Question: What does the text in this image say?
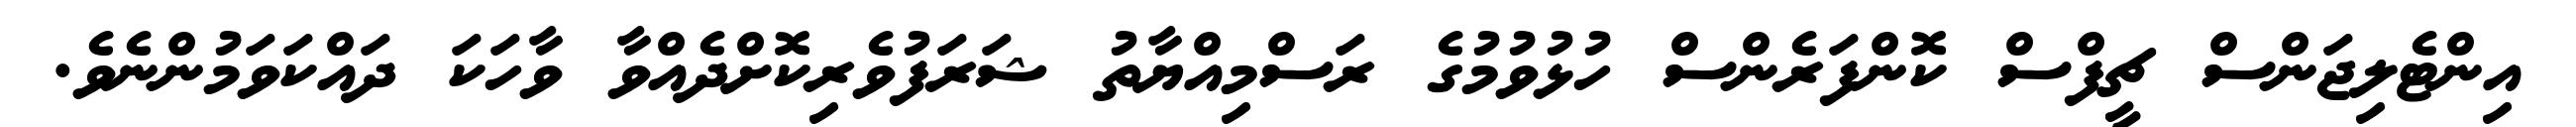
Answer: އިންޓެލިޖަންސް ޗީފްސް ކޮންފަރެންސް ހުޅުވުމުގެ ރަސްމިއްޔާތު ޝަރަފުވެރިކޮށްދެއްވާ ވާހަކަ ދައްކަވަމުންނެވެ.